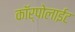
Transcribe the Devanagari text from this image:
कॉर्पोलाईट